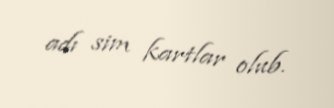
adı sim kartlar olub.